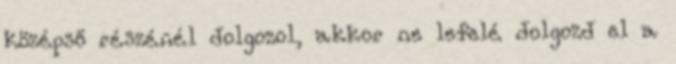
középső részénél dolgozol, akkor ne lefelé dolgozd el a